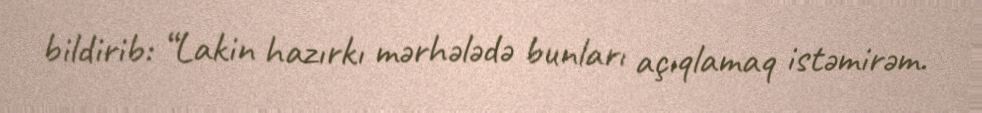
bildirib: “Lakin hazırkı mərhələdə bunları açıqlamaq istəmirəm.